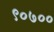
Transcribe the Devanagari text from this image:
९०७००